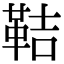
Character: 鞊